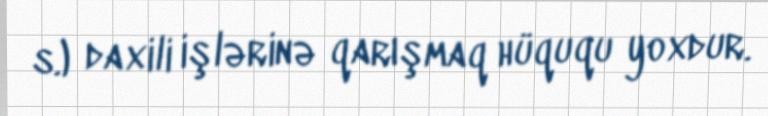
s.) daxili işlərinə qarışmaq hüququ yoxdur.